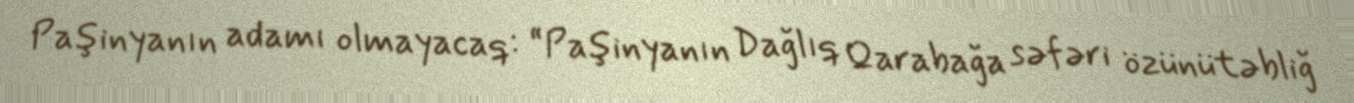
Paşinyanın adamı olmayacaq: “Paşinyanın Dağlıq Qarabağa səfəri özünütəbliğ